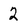
Character: 2